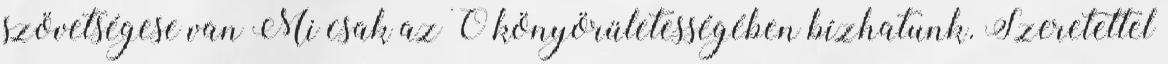
szövetségese van Mi csak az Ő könyörületességében bízhatunk. Szeretettel